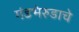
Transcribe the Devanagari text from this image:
गंडभेरुडाचे